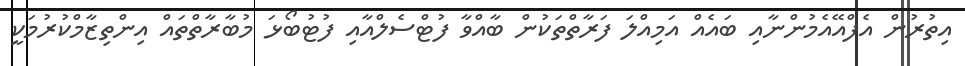
އިތުރުން އެފްއޭއެމުންނާއި ބައެއް އަމިއްލަ ފަރާތްތަކުން ބާއްވާ ފުޓްސެލްއާއި ފުޓުބޯޅަ މުބާރާތްތައް އިންތިޒާމްކުރުމަކީ